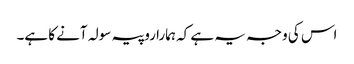
اس کی وجہ یہ ہے کہ ہمارا روپیہ سولہ آنے کا ہے۔